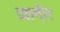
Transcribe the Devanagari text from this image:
ज़ागीर